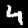
Label: 4